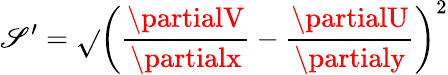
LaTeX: {\mathscr{S}}^{\prime}=\sqrt{}{{\left(\frac{{\partialV}}{{\partialx}}-\frac{{\partialU}}{{\partialy}}\right)^{2}}}